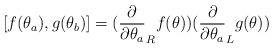
LaTeX: \begin{align*}[f(\theta_{a}),g(\theta_{b})] = (\frac{\partial}{\partial\theta_{a}}_{R}f(\theta))(\frac{\partial}{\partial \theta_{a}}_{L} g(\theta)) \,\end{align*}